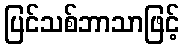
ပြင်သစ်ဘာသာဖြင့်